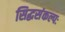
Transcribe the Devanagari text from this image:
सिद्धसंकल्पः